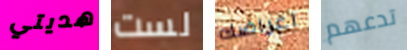
هديتي لست اغراضك تدعهم